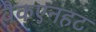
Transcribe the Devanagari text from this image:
वैकएनहट